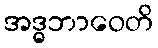
အဒ္ဓဘာဝေတိ